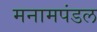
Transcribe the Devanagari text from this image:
मनामपंडल